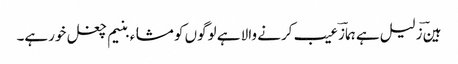
ہینؔ زلیل ہے ہمازؔ عیب کرنے والا ہے لوگوں کو مشاء بنیم چغل خورہے۔